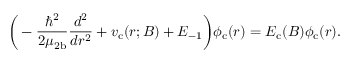
\bigg ( - \frac { \hbar ^ { 2 } } { 2 \mu _ { \mathrm { 2 b } } } \frac { d ^ { 2 } } { d r ^ { 2 } } + v _ { \mathrm { c } } ( r ; B ) + E _ { - 1 } \bigg ) \phi _ { \mathrm { c } } ( r ) = E _ { \mathrm { c } } ( B ) \phi _ { \mathrm { c } } ( r ) .